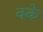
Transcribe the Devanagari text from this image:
क्के